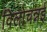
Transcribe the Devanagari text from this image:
विलोचन्नई